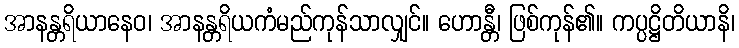
အာနန္တရိယာနေဝ၊ အာနန္တရိယကံမည်ကုန်သာလျှင်။ ဟောန္တီ၊ ဖြစ်ကုန်၏။ ကပ္ပဋ္ဌိတိယာနိ၊